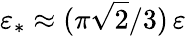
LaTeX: \varepsilon_{\ast}\approx(\pi\sqrt{2}/3)\, \varepsilon